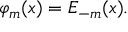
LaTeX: \varphi _ { m } ( x ) = E _ { - m } ( x ) .